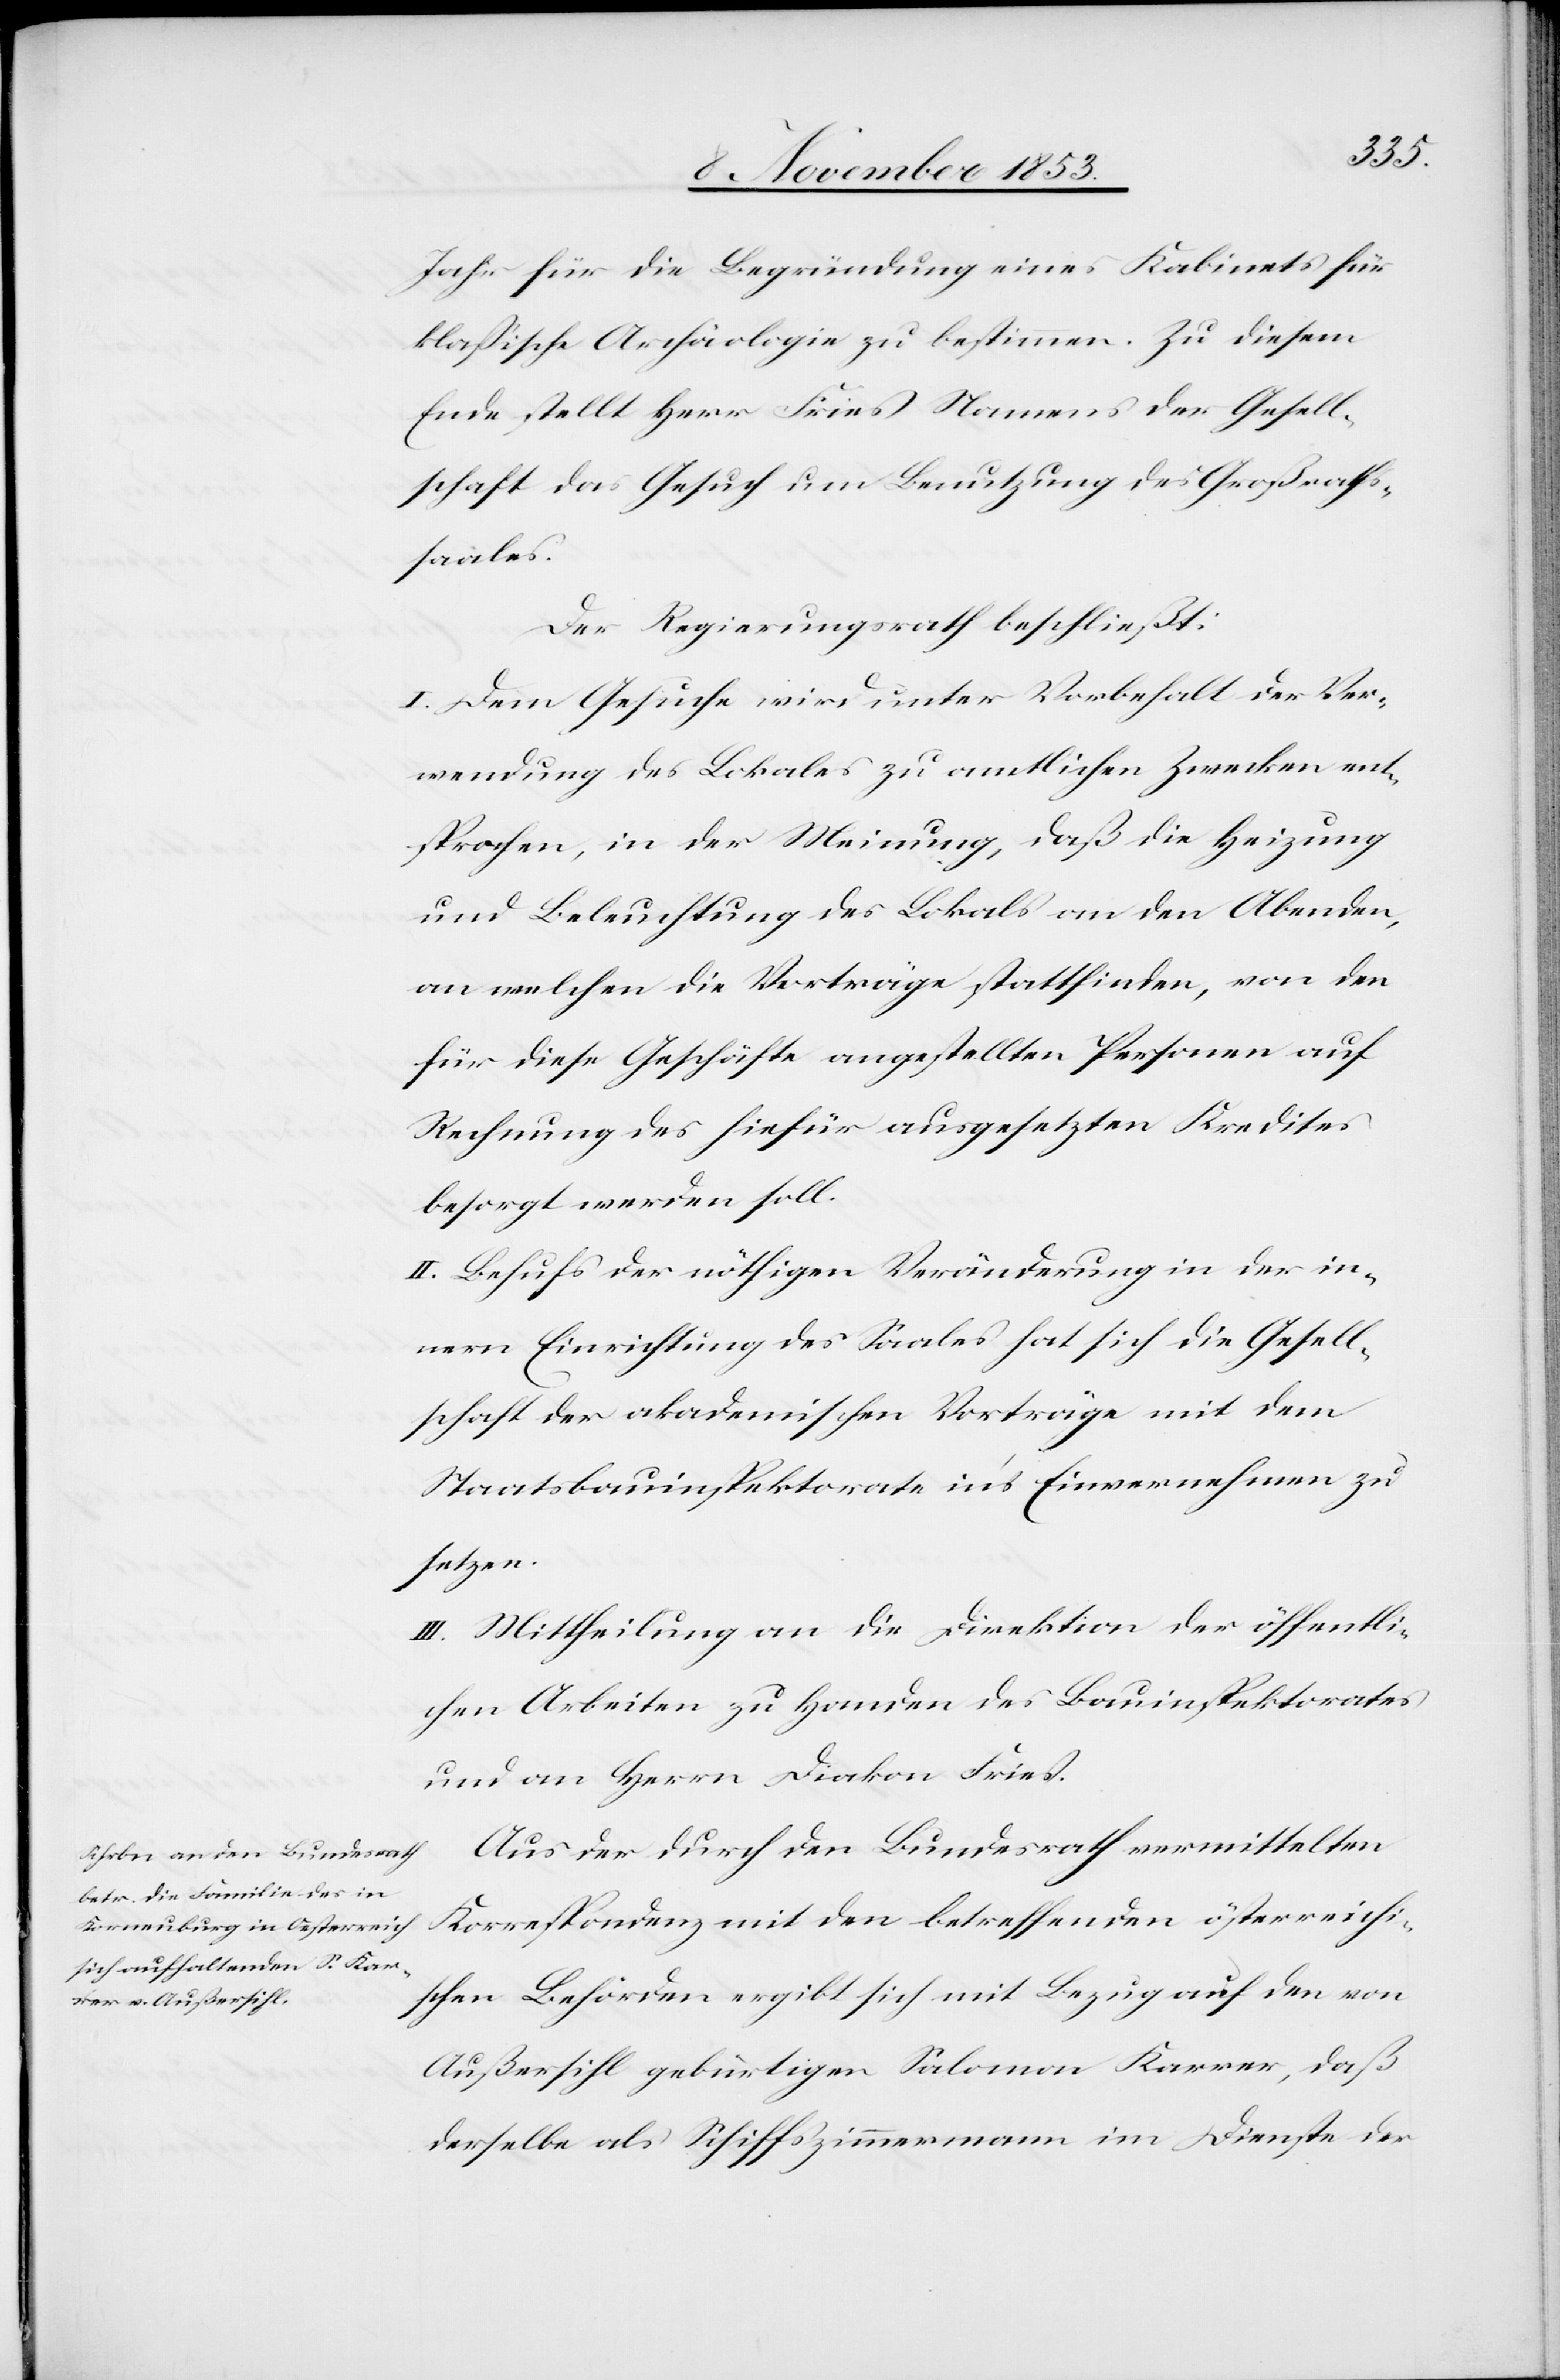
Jahr für die Begründung eines Kabinets für
klaßische Archäologie zu bestimmen. Zu diesem
Ende stellt Herr Fries Namens der Gesell¬
schaft das Gesuch um Benutzung des Großraths¬
saales.
Der Regierungsrath beschließt:
I. Dem Gesuche wird unter Vorbehalt der Ver¬
wendung des Lokales zu amtlichen Zwecken ent¬
sprochen, in der Meinung, daß die Heizung
und Beleuchtung des Lokals an den Abenden,
an welchen die Vorträge stattfinden, von denn
für diese Geschäfte angestellten Personen auf
Rechnung des hiefür ausgesetzten Kredites
besorgt werden soll.
II. Behufs der nöthigen Veränderung in der in¬
nern Einrichtung des Saales hat sich die Gesell¬
schaft der akademischen Vorträge mit dem
Staatsbauinspektorate in’s Einvernehmen zu
setzen.
III. Mittheilung an die Direktion der öffentli¬
chen Arbeiten zu Handen des Bauinspektorates
und an Herrn Diakon Fries.
Aus der durch den Bundesrath vermittelten
Korrespondenz mit den betreffenden österreichi¬
schen Behörden ergibt sich mit Bezug auf den von
Außersihl gebürtigen Salomon Karrer, daß
derselbe als Schiffszimmermann im Dienste der